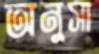
অনুসা